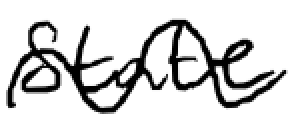
Text: state
Cross-out: wave
Writing tool: digital_black